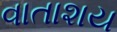
વાતાશય